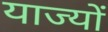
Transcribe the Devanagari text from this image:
याज्यों